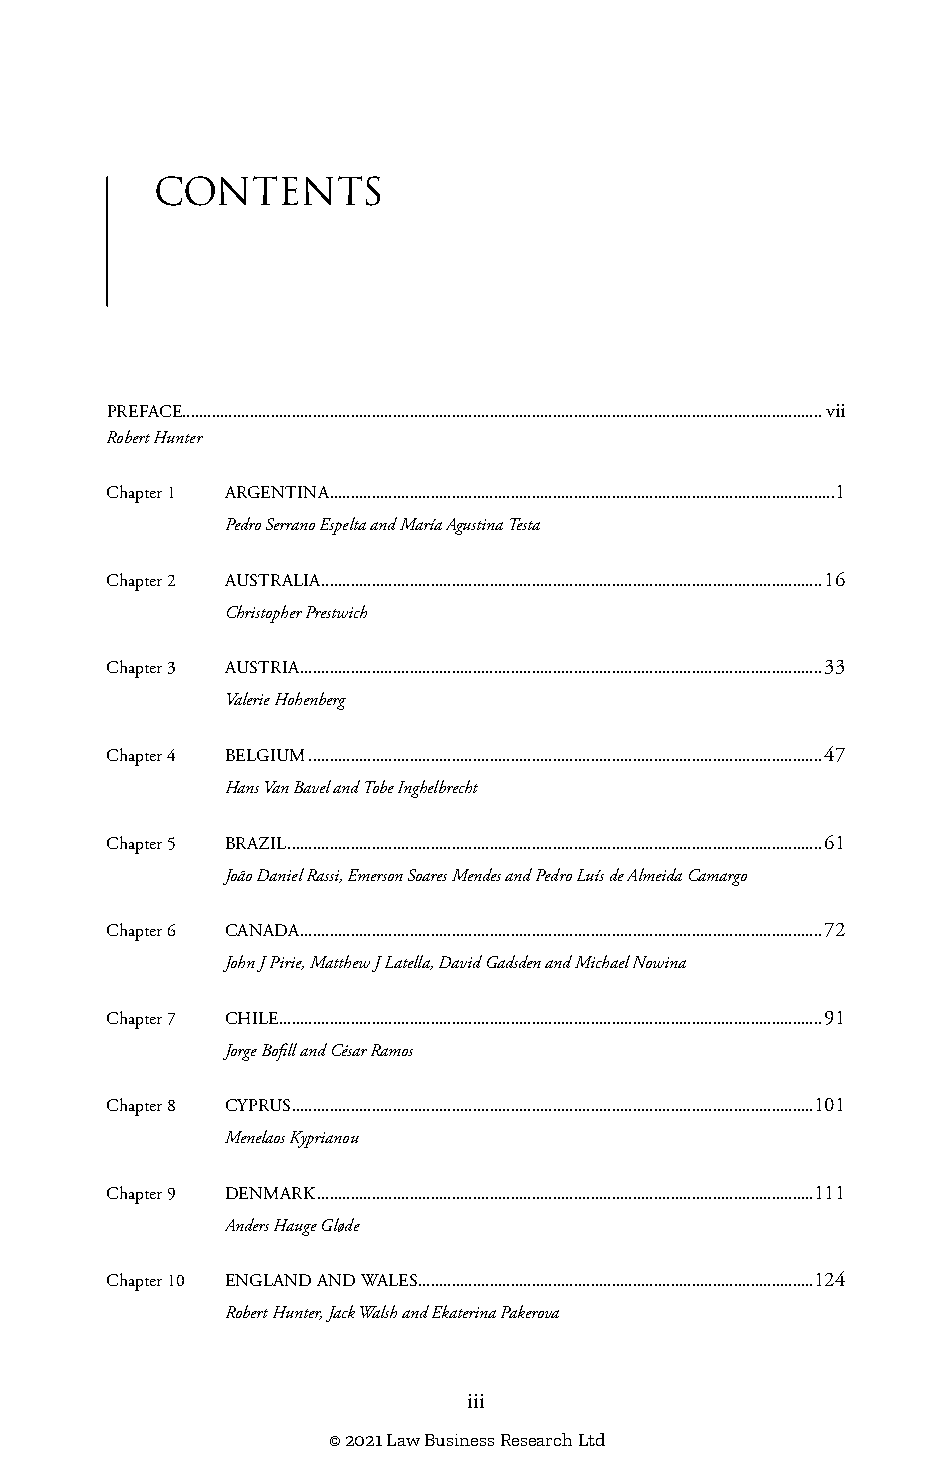
CONTENTS
 PREFACE ��������������������������������������������������������������������������������������������������������������������������������������������������������vii
 Robert Hunter
 Chapter 1 ARGENTINA ������������������������������������������������������������������������������������������������������������������������1
 Pedro Serrano Espelta and María Agustina Testa
 Chapter 2 AUSTRALIA �����������������������������������������������������������������������������������������������������������������������16
 Christopher Prestwich
 Chapter 3 AUSTRIA ����������������������������������������������������������������������������������������������������������������������������33
 Valerie Hohenberg
 Chapter 4 BELGIUM ��������������������������������������������������������������������������������������������������������������������������47
 Hans Van Bavel and Tobe Inghelbrecht
 Chapter 5 BRAZIL �������������������������������������������������������������������������������������������������������������������������������61
 João Daniel Rassi, Emerson Soares Mendes and Pedro Luís de Almeida Camargo
 Chapter 6 CANADA ����������������������������������������������������������������������������������������������������������������������������72
 John J Pirie, Matthew J Latella, David Gadsden and Michael Nowina
 Chapter 7 CHILE ���������������������������������������������������������������������������������������������������������������������������������91
 Jorge Bofill and César Ramos
 Chapter 8 CYPRUS ����������������������������������������������������������������������������������������������������������������������������101
 Menelaos Kyprianou
 Chapter 9 DENMARK ����������������������������������������������������������������������������������������������������������������������111
 Anders Hauge Gløde
 Chapter 10 ENGLAND AND WALES ����������������������������������������������������������������������������������������������124
 Robert Hunter, Jack Walsh and Ekaterina Pakerova
 iii
 © 2021 Law Business Research Ltd